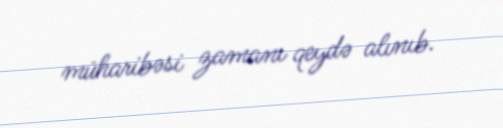
müharibəsi zamanı qeydə alınıb.